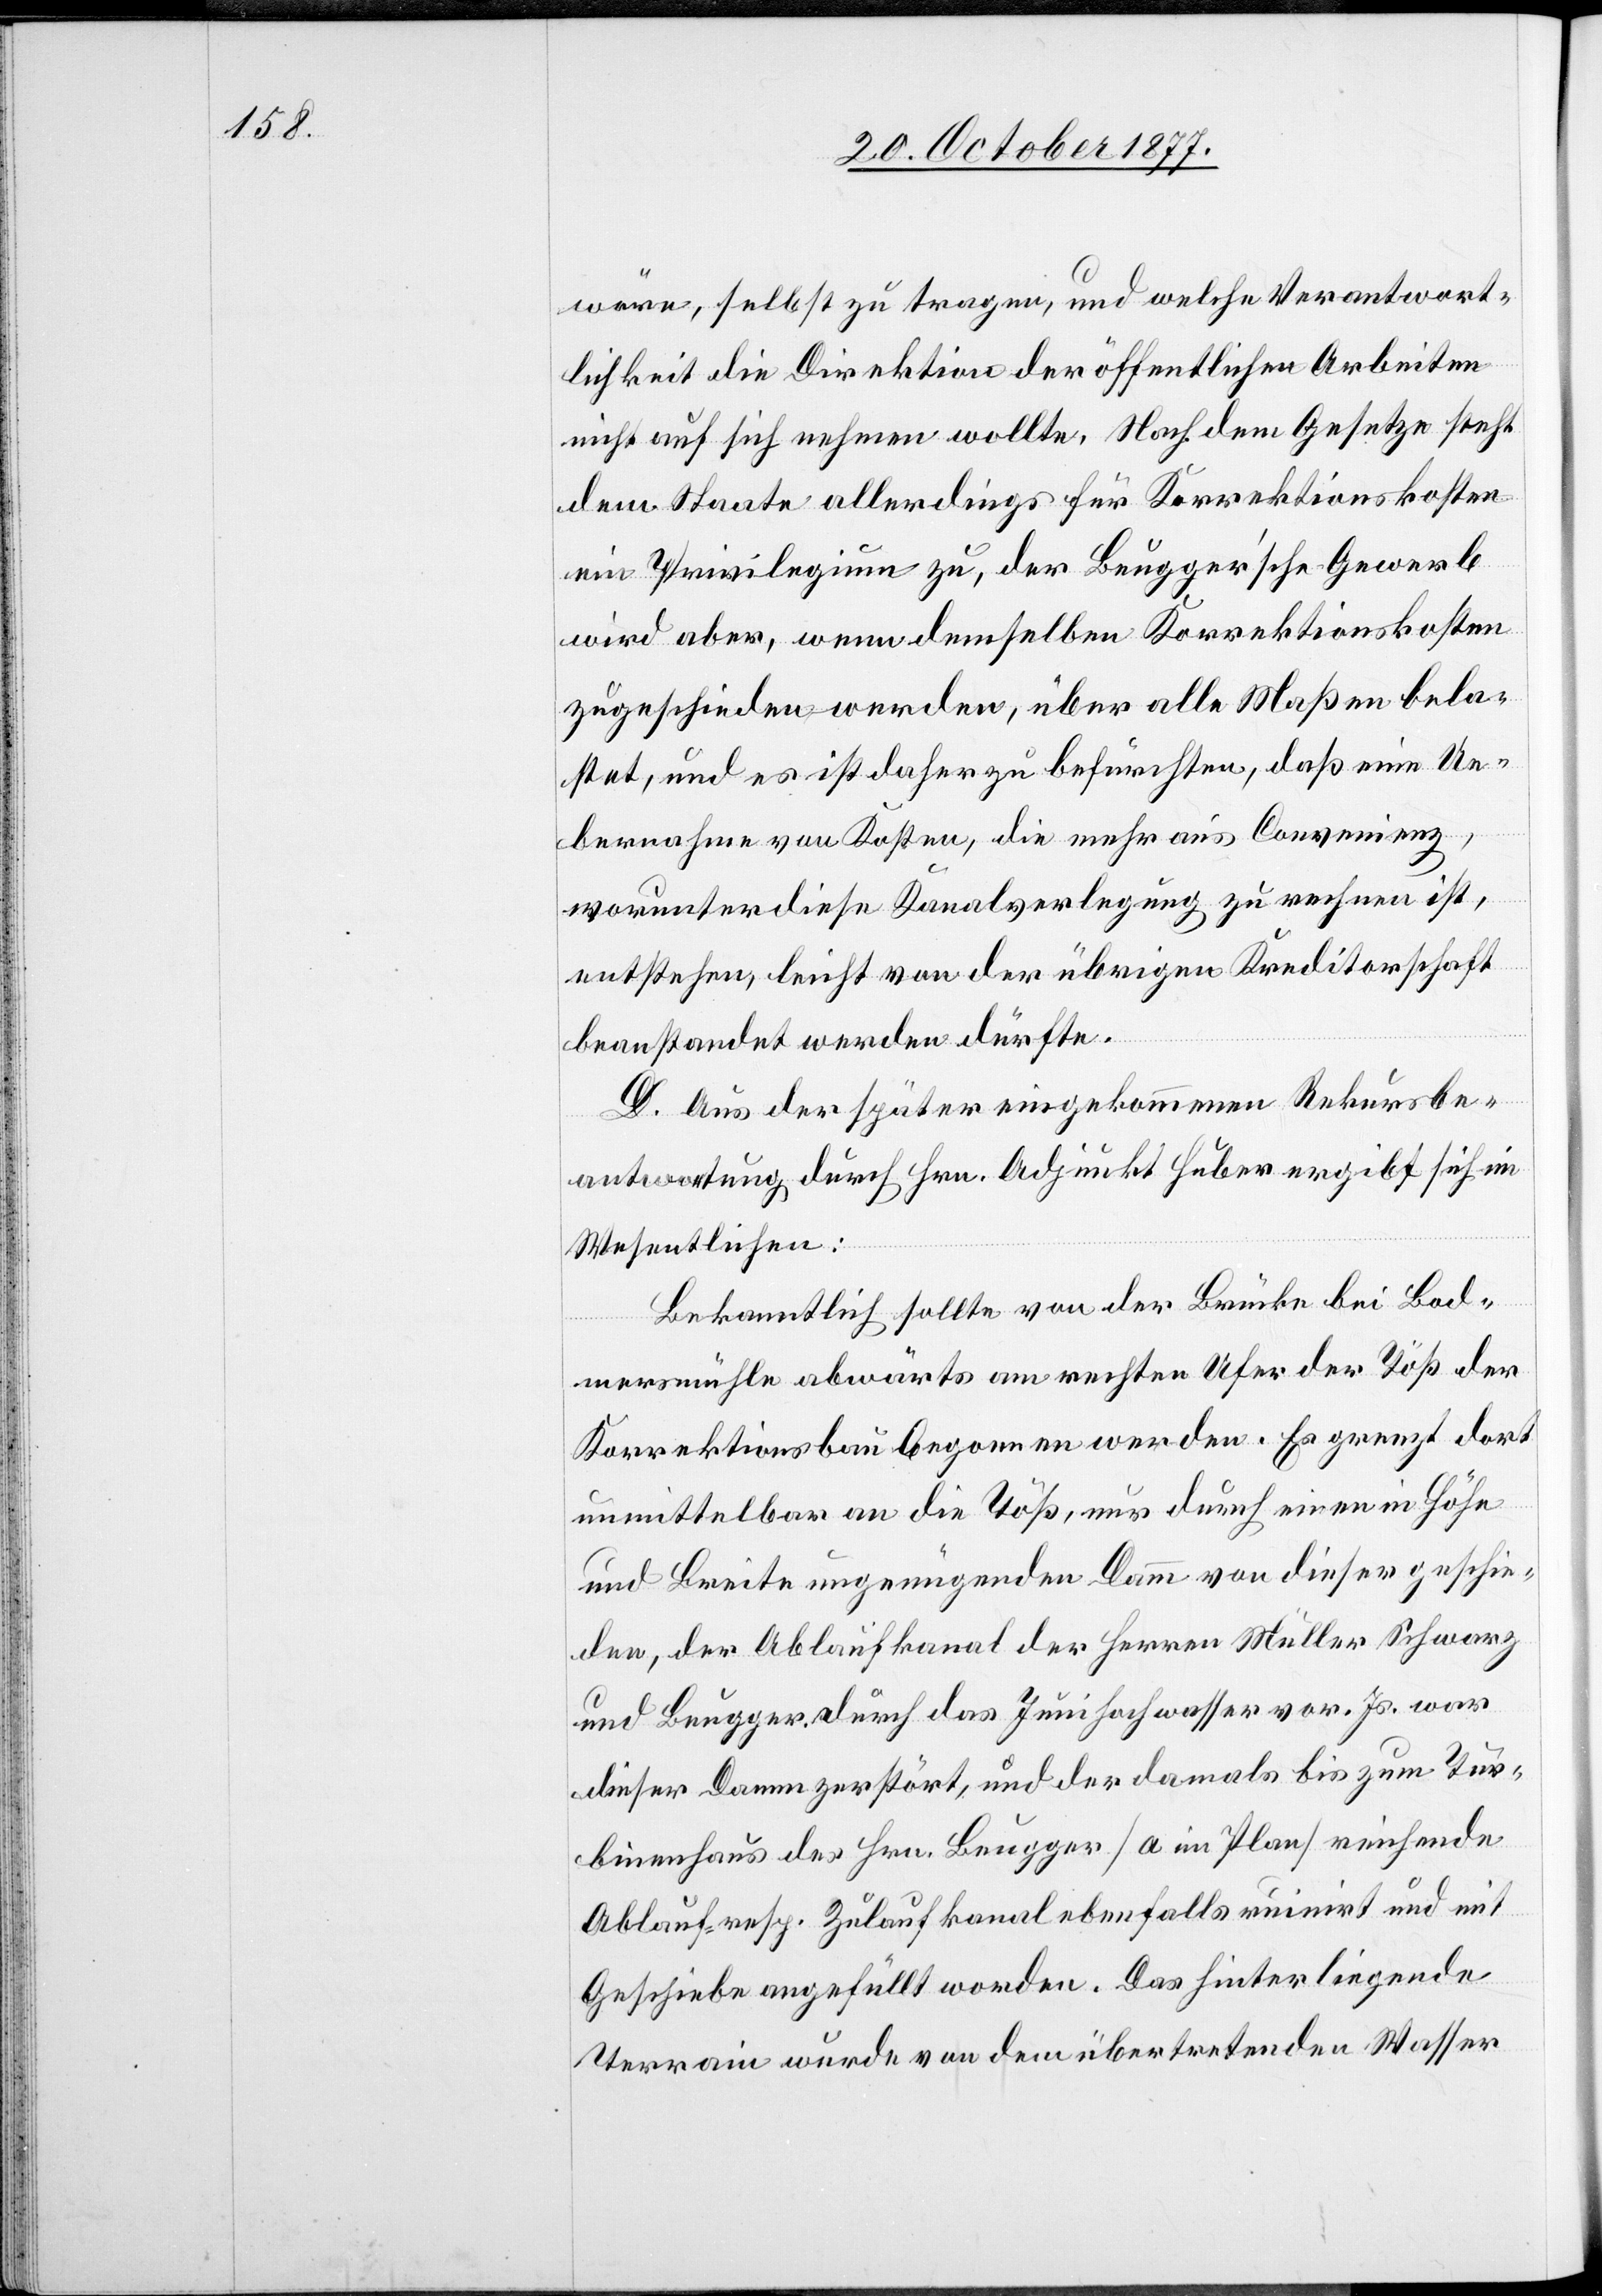
wäre, selbst zu tragen, und welche Verantwort¬
lichkeit die Direktion der öffentlichen Arbeiten
nicht auf sich nehmen wollte. Nach dem Gesetze steht
dem Staate allerdings für Korrektionskosten
ein Privilegium zu, der Beugger’sche Gewerb
wird aber, wenn demselben Korrektionskosten
zugeschieden werden, über alle Maßen bela¬
stet, und es ist daher zu befürchten, daß eine Ue¬
bernahme von Kosten, die mehr aus Convenienz,
worunter diese Kanalverlegung zu rechnen ist,
entstehen, leicht von der übrigen Kreditorschaft
beanstandet werden dürfte.
D. Aus der später eingekommenen Rekursbe¬
antwortung durch Hrn. Adjunkt Huber ergibt sich im
Wesentlichen:
Bekanntlich sollte von der Brücke bei Bod¬
mersmühle abwärts am rechten Ufer der Töß der
Korrektionsbau begonnen werden. Es grenzt dort
unmittelbar an die Töß, nur durch einen in Höhe
und Breite ungenügenden Damm von dieser geschie¬
den, der Ablaufkanal der Herren Müller Schwarz
und Beugger. Durch das Junihochwasser vor. Js. war
dieser Damm zerstört, und der damals bis zum Tur¬
binenhaus des Hrn. Beugger [a im Plan] reichende
Ablauf- resp. Zulaufkanal ebenfalls ruinirt und mit
Geschiebe angefüllt worden. Das hinterliegende
Terrain wurde von dem übertretenden Wasser